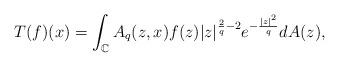
LaTeX: \begin{align*}\displaystyle T(f)(x)=\int_{\mathbb{C}}{A_q(z,x)}f(z)|z|^{\frac{2}{q}-2}e^{-\frac{|z|^2}{q}}dA(z),\end{align*}